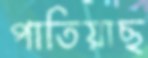
পাতিয়াছ